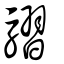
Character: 騽